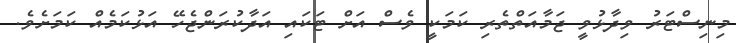
މިނިސްޓަރު ވިދާޅުވީ ޖަމާއަތްތެރި ކަމަކީ ވެސް އަށް ޓަކައި އަދާކުރަންޖެހޭ އަޅުކަމެއް ކަމަށެވެ.